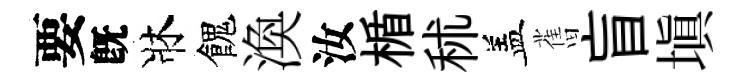
要旣牀餽渙汝楯秫盖𦾔盲塡